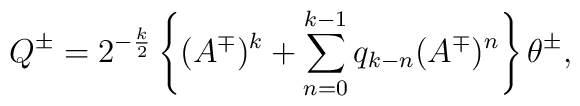
Q^\pm=2^{-\frac k2}\left\{(A^\mp)^k+\sum_{n=0}^{k- 1} q_{k-n}(A^\mp)^n\right\}\theta^\pm,